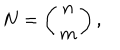
N = \left( \begin{array} { c c } { { n } } \\ { { m } } \\ \end{array} \right) ,